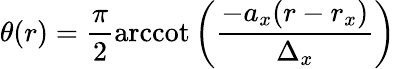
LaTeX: \theta(r)=\frac{\pi}{2}\mathrm{arccot}\left(\frac{-a_{x}(r-r_{x})}{\Delta_{x}}\right)